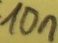
Text: 10n